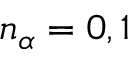
n _ { \alpha } = 0 , 1